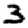
Digit: 3